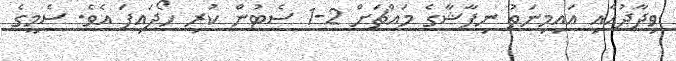
ވިދާދުއާއި އައިމިނަތު ނިފާޝާގެ މައްޗަށް 2-1 ސެޓުން ކުރި ހޯދައިފަ އެވެ. ސެމީގެ